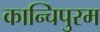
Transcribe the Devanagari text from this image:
कान्चिपुरम